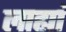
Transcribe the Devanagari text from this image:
लाह्यां